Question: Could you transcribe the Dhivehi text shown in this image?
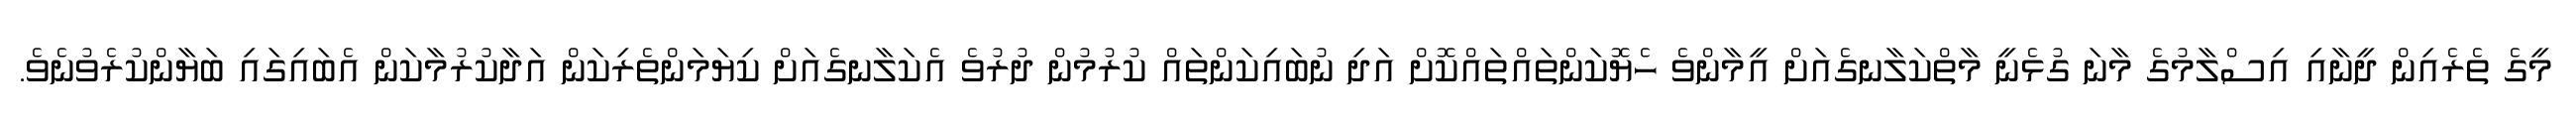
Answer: މީގެ ތެރެއިން ދީނާއި އިސްލާމުގެ މާނަ ގުޅެނީ މާތްކަލާނގެއަށް އީމާންވެ ހެޔޮކަންތައްތައްކޮށް އަދި ނުބައިކަންތައް ކުރުމުން ދުރުވެ އެކަލާނގެއަށް ކިޔަމަންތެރިކަން އަދާކުރުމާކަން އެބައިގައި ބަޔާންކުރެވުނެވެ.